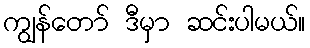
ကျွန်တော် ဒီမှာ ဆင်းပါမယ်။